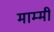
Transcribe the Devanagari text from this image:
माम्मी